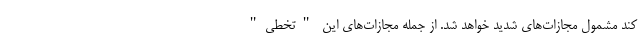
کند مشمول مجازات‌های شدید خواهد شد. از جمله مجازات‌های این "تخطی"